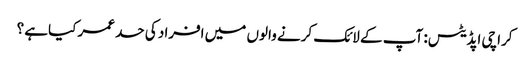
کراچی اپڈیٹس: آپ کے لائک کرنے والوں میں افراد کی حد عمر کیاہے ؟